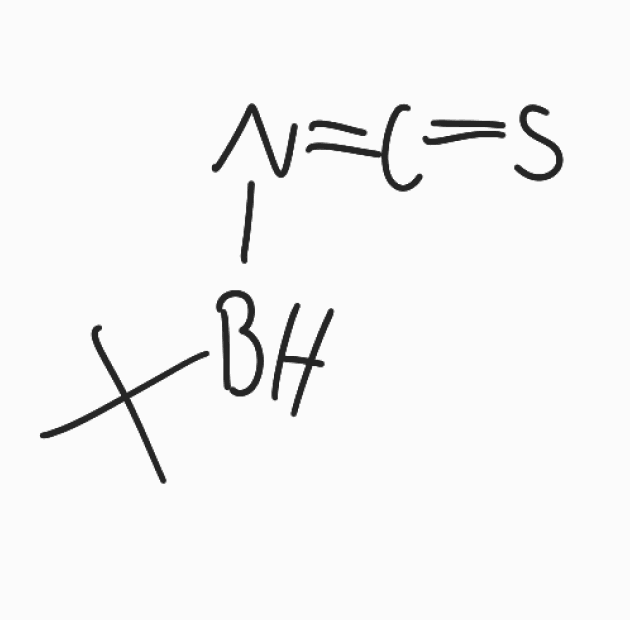
Simplified molecular-input line-entry system (SMILES) notation of the given molecule:
B(C(C)(C)C)N=C=S